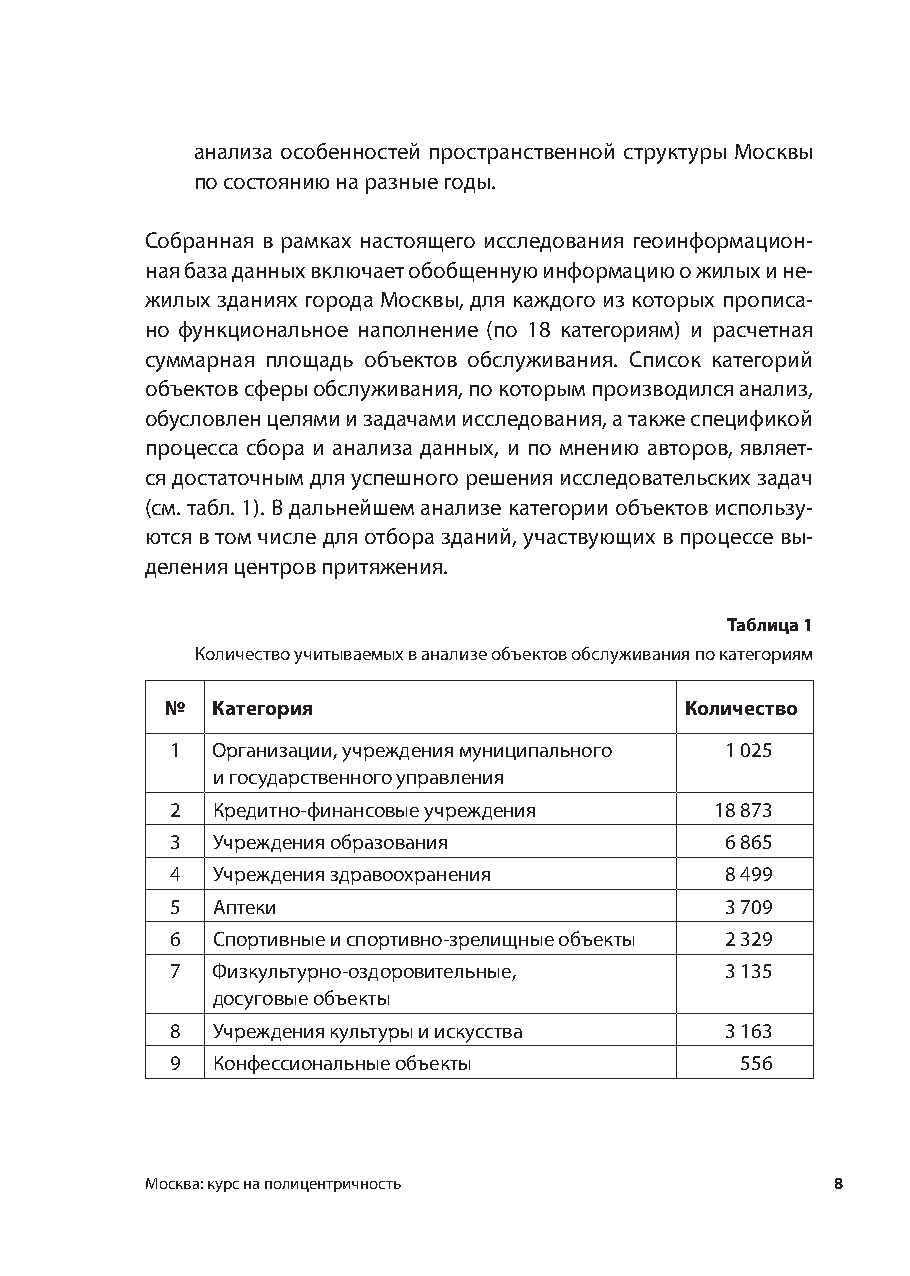
анализа особенностей пространственной структуры Москвы
 по состоянию на разные годы.
 Собранная в рамках настоящего исследования геоинформацион-
 ная база данных включает обобщенную информацию о жилых и не-
 жилых зданиях города Москвы, для каждого из которых прописа-
 но функциональное наполнение (по 18 категориям) и расчетная
 суммарная площадь объектов обслуживания. Список категорий
 объектов сферы обслуживания, по которым производился анализ,
 обусловлен целями и задачами исследования, а также спецификой
 процесса сбора и анализа данных, и по мнению авторов, являет-
 ся достаточным для успешного решения исследовательских задач
 (см. табл. 1). В дальнейшем анализе категории объектов использу-
 ются в том числе для отбора зданий, участвующих в процессе вы-
 деления центров притяжения.
 Таблица 1
 Количество учитываемых в анализе объектов обслуживания по категориям
 №  Категория                      Количество
 1  Организации, учреждения муниципального 1 025
 и государственного управления
 2  Кредитно-финансовые учреждения   18 873
 3  Учреждения образования            6 865
 4  Учреждения здравоохранения        8 499
 5  Аптеки                            3 709
 6  Спортивные и спортивно-зрелищные объекты 2 329
 7  Физкультурно-оздоровительные,     3 135
 досуговые объекты
 8  Учреждения культуры и искусства   3 163
 9  Конфессиональные объекты           556
 Москва: курс на полицентричность             8